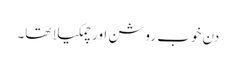
دن خوب روشن اور چمکیلا تھا۔